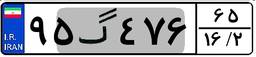
۵۲گ۷۳۳۶۲